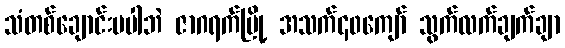
သံတစ်ချောင်းမပါဘဲ ဇာဂရက်မြို့ အသက်၄၀ကျော် သွက်လက်ချက်ချာ